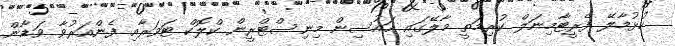
ހުޅުމާލޭ ފެރީޓާމިނަލް ކުރިމަތީ މާލޭގައި ހައުސިން މިނިސްޓްރީން ކްލޮކް ޓަވަރާއި ފެންއަރުވާ ވަޑާން